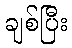
ချစ်ပြီး